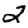
Digit: 2